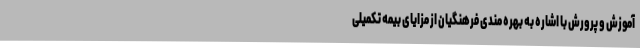
آموزش و پرورش با اشاره به بهره مندی فرهنگیان از مزایای بیمه تکمیلی